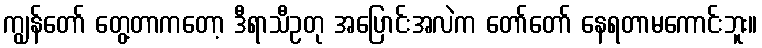
ကျွန်တော် တွေ့တာကတော့ ဒီရာသီဥတု အပြောင်းအလဲက တော်တော် နေရတာမကောင်းဘူး။